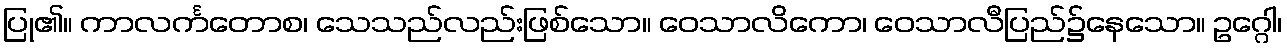
ပြု၏။ ကာလင်္ကတောစ၊ သေသည်လည်းဖြစ်သော။ ဝေသာလိကော၊ ဝေသာလီပြည်၌နေသော။ ဥဂ္ဂေါ၊